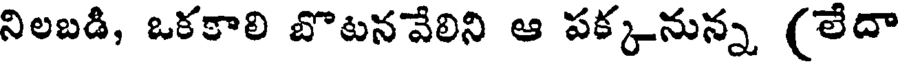
నిలబడి, ఒకకాలి బొటనవేలిని ఆ పక్కనున్న (లేదా